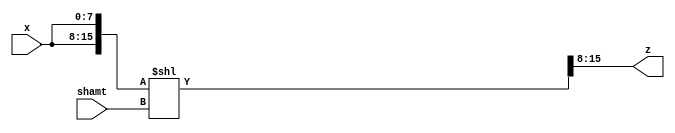
module left_rotator
#( 
    parameter WIDTH = 8,
    parameter SHIFT = 3 //SHIFT specifies the number of bits for shamt argument
)
(
    input  [WIDTH - 1:0] x,
    input  [SHIFT - 1:0] shamt,
    output [WIDTH - 1:0] z
);

    wire [2 * WIDTH - 1:0] temp;
    assign temp = {x, x} << shamt;
    assign z = temp[2 * WIDTH - 1: WIDTH];
endmodule